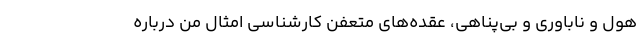
هول و ناباوری و بی‌پناهی، عقده‌های متعفن کارشناسی امثال من درباره